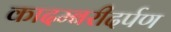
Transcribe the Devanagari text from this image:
कादम्बरीदर्पण